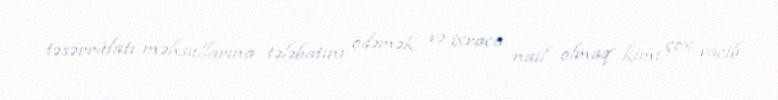
təsərrüfatı məhsullarına tələbatını ödəmək və ixraca nail olmaq kimi çox vacib